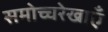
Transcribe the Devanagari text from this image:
समोच्चरेखाएँ